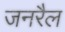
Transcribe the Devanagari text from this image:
जनरैल